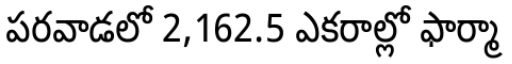
పరవాడలో 2,162.5 ఎకరాల్లో ఫార్మా